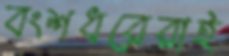
বংশধরেরাই